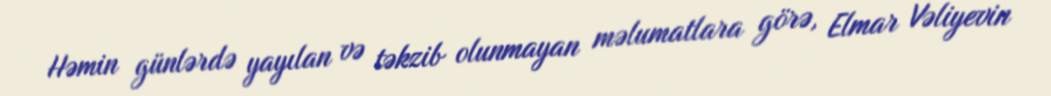
Həmin günlərdə yayılan və təkzib olunmayan məlumatlara görə, Elmar Vəliyevin